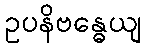
ဥပနိဗန္ဓေယျ